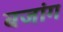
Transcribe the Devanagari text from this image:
बजांग